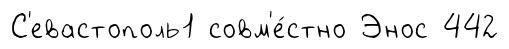
С'евастополь1 совм'е́стно Энос 442